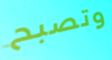
وتصبح